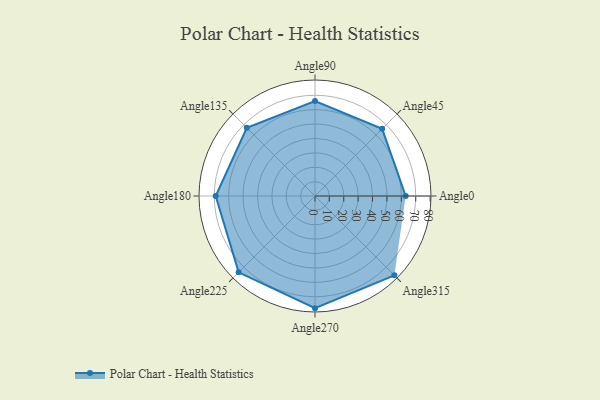
{"axis": {"x": "Angle", "y": "Radius"}, "legend": [""], "data": [{"x": "Angle0", "y": 63.0, "type": ""}, {"x": "Angle45", "y": 66.0, "type": ""}, {"x": "Angle90", "y": 66.0, "type": ""}, {"x": "Angle135", "y": 67.0, "type": ""}, {"x": "Angle180", "y": 69.0, "type": ""}, {"x": "Angle225", "y": 75.0, "type": ""}, {"x": "Angle270", "y": 78.0, "type": ""}, {"x": "Angle315", "y": 78.0, "type": ""}]}